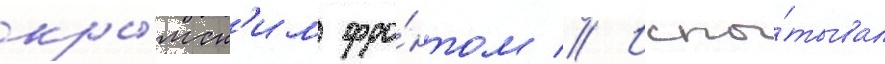
кры́мск'им фро́нтом // Испы́тывал